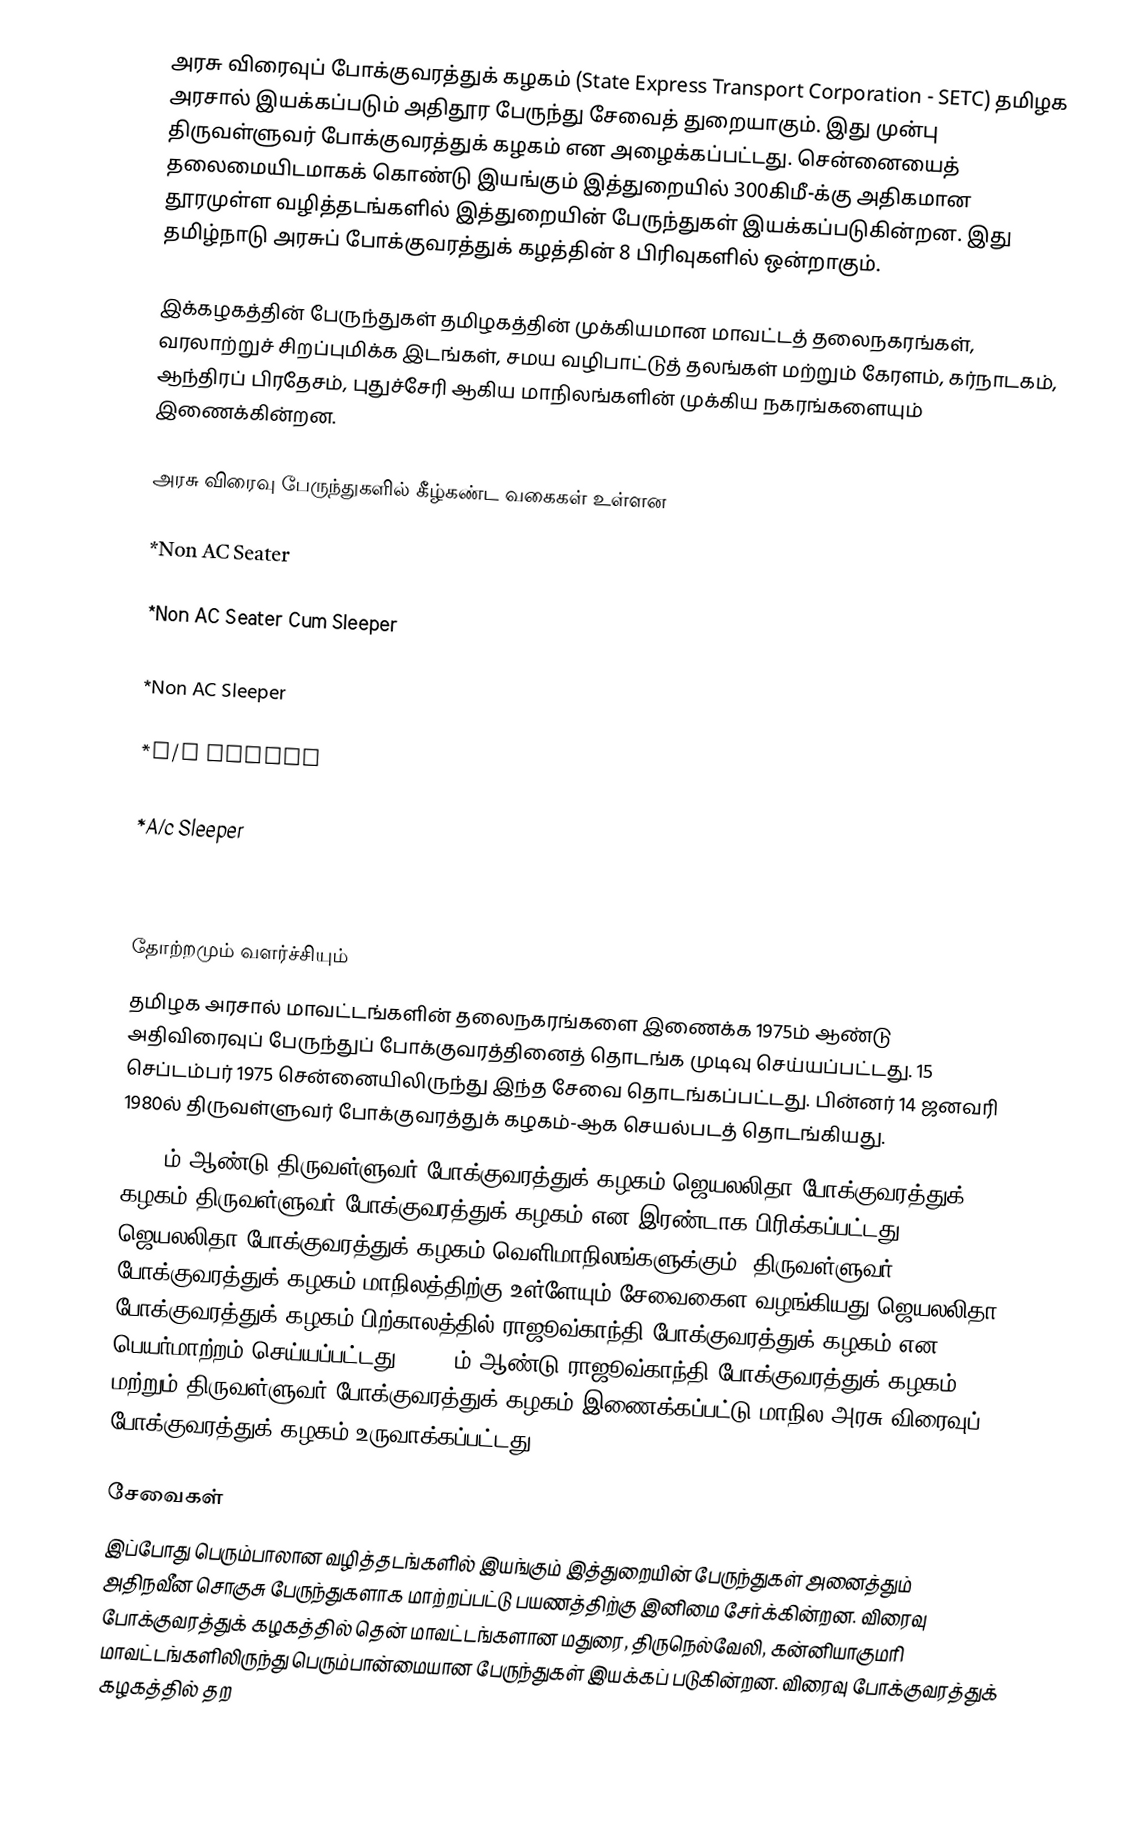
அரசு விரைவுப் போக்குவரத்துக் கழகம் (State Express Transport Corporation - SETC) தமிழக அரசால் இயக்கப்படும் அதிதூர பேருந்து சேவைத் துறையாகும். இது முன்பு திருவள்ளுவர் போக்குவரத்துக் கழகம் என அழைக்கப்பட்டது. சென்னையைத் தலைமையிடமாகக் கொண்டு இயங்கும் இத்துறையில் 300கிமீ-க்கு அதிகமான தூரமுள்ள வழித்தடங்களில் இத்துறையின் பேருந்துகள் இயக்கப்படுகின்றன. இது தமிழ்நாடு அரசுப் போக்குவரத்துக் கழத்தின் 8 பிரிவுகளில் ஒன்றாகும்.

இக்கழகத்தின் பேருந்துகள் தமிழகத்தின் முக்கியமான மாவட்டத் தலைநகரங்கள், வரலாற்றுச் சிறப்புமிக்க இடங்கள், சமய வழிபாட்டுத் தலங்கள் மற்றும் கேரளம், கர்நாடகம், ஆந்திரப் பிரதேசம், புதுச்சேரி ஆகிய மாநிலங்களின் முக்கிய நகரங்களையும் இணைக்கின்றன.

அரசு விரைவு பேருந்துகளில் கீழ்கண்ட வகைகள் உள்ளன

*Non AC Seater

*Non AC Seater Cum Sleeper

*Non AC Sleeper

*A/c Seater

*A/c Sleeper

*A/c Seater Cum Sleeper

தோற்றமும் வளர்ச்சியும்
தமிழக அரசால் மாவட்டங்களின் தலைநகரங்களை இணைக்க 1975ம் ஆண்டு அதிவிரைவுப் பேருந்துப் போக்குவரத்தினைத் தொடங்க முடிவு செய்யப்பட்டது. 15 செப்டம்பர் 1975 சென்னையிலிருந்து இந்த சேவை தொடங்கப்பட்டது. பின்னர் 14 ஜனவரி 1980ல் திருவள்ளுவர் போக்குவரத்துக் கழகம்-ஆக செயல்படத் தொடங்கியது.
1990-ம் ஆண்டு திருவள்ளுவர் போக்குவரத்துக் கழகம் ஜெயலலிதா போக்குவரத்துக் கழகம்,திருவள்ளுவர் போக்குவரத்துக் கழகம் என இரண்டாக பிரிக்கப்பட்டது. ஜெயலலிதா போக்குவரத்துக் கழகம் வெளிமாநிலங்களுக்கும், திருவள்ளுவர் போக்குவரத்துக் கழகம் மாநிலத்திற்கு உள்ளேயும் சேவைகைள வழங்கியது.ஜெயலலிதா போக்குவரத்துக் கழகம் பிற்காலத்தில் ராஜூவ்காந்தி போக்குவரத்துக் கழகம் என பெயர்மாற்றம் செய்யப்பட்டது. 1996-ம் ஆண்டு ராஜூவ்காந்தி போக்குவரத்துக் கழகம் மற்றும் திருவள்ளுவர் போக்குவரத்துக் கழகம் இணைக்கப்பட்டு  மாநில அரசு விரைவுப் போக்குவரத்துக் கழகம் உருவாக்கப்பட்டது.

சேவைகள்
இப்போது பெரும்பாலான வழித்தடங்களில் இயங்கும் இத்துறையின் பேருந்துகள் அனைத்தும் அதிநவீன சொகுசு பேருந்துகளாக மாற்றப்பட்டு பயணத்திற்கு இனிமை சேர்க்கின்றன. விரைவு போக்குவரத்துக் கழகத்தில் தென் மாவட்டங்களான மதுரை, திருநெல்வேலி, கன்னியாகுமரி மாவட்டங்களிலிருந்து பெரும்பான்மையான பேருந்துகள் இயக்கப் படுகின்றன. விரைவு போக்குவரத்துக் கழகத்தில் தற